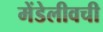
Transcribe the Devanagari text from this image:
मेंडेलीवची